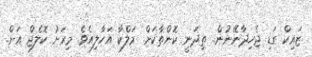
ޒައިކް ގަޑި ޖެހިދާނޭނުން.. ތިދަނީ ކޮންތާކަށް. މަލްކާ އަހާލިއެވެ. މިރަށު ކޮލެޖް އަށް..